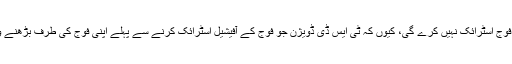
لیکن چین کو کوئی ڈر نہیں تھا اور انہیں یہ بھی معلوم ہے کہ اب ہندوستانی فوج اسٹرائک نہیں کرے گی، کیوں کہ ٹی ایس ڈی ڈویژن جو فوج کے آفیشیل اسٹرائک کرنے سے پہلے اپنی فوج کی طرف بڑھنے والے قدموں کو روکنے کے لیے ڈھال کا کام کرتی تھی، وہ اب ہے ہی نہیں۔